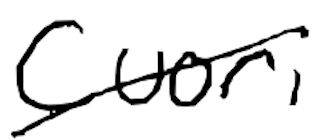
Text: Cuori
Cross-out: diagonal
Writing tool: digital_black